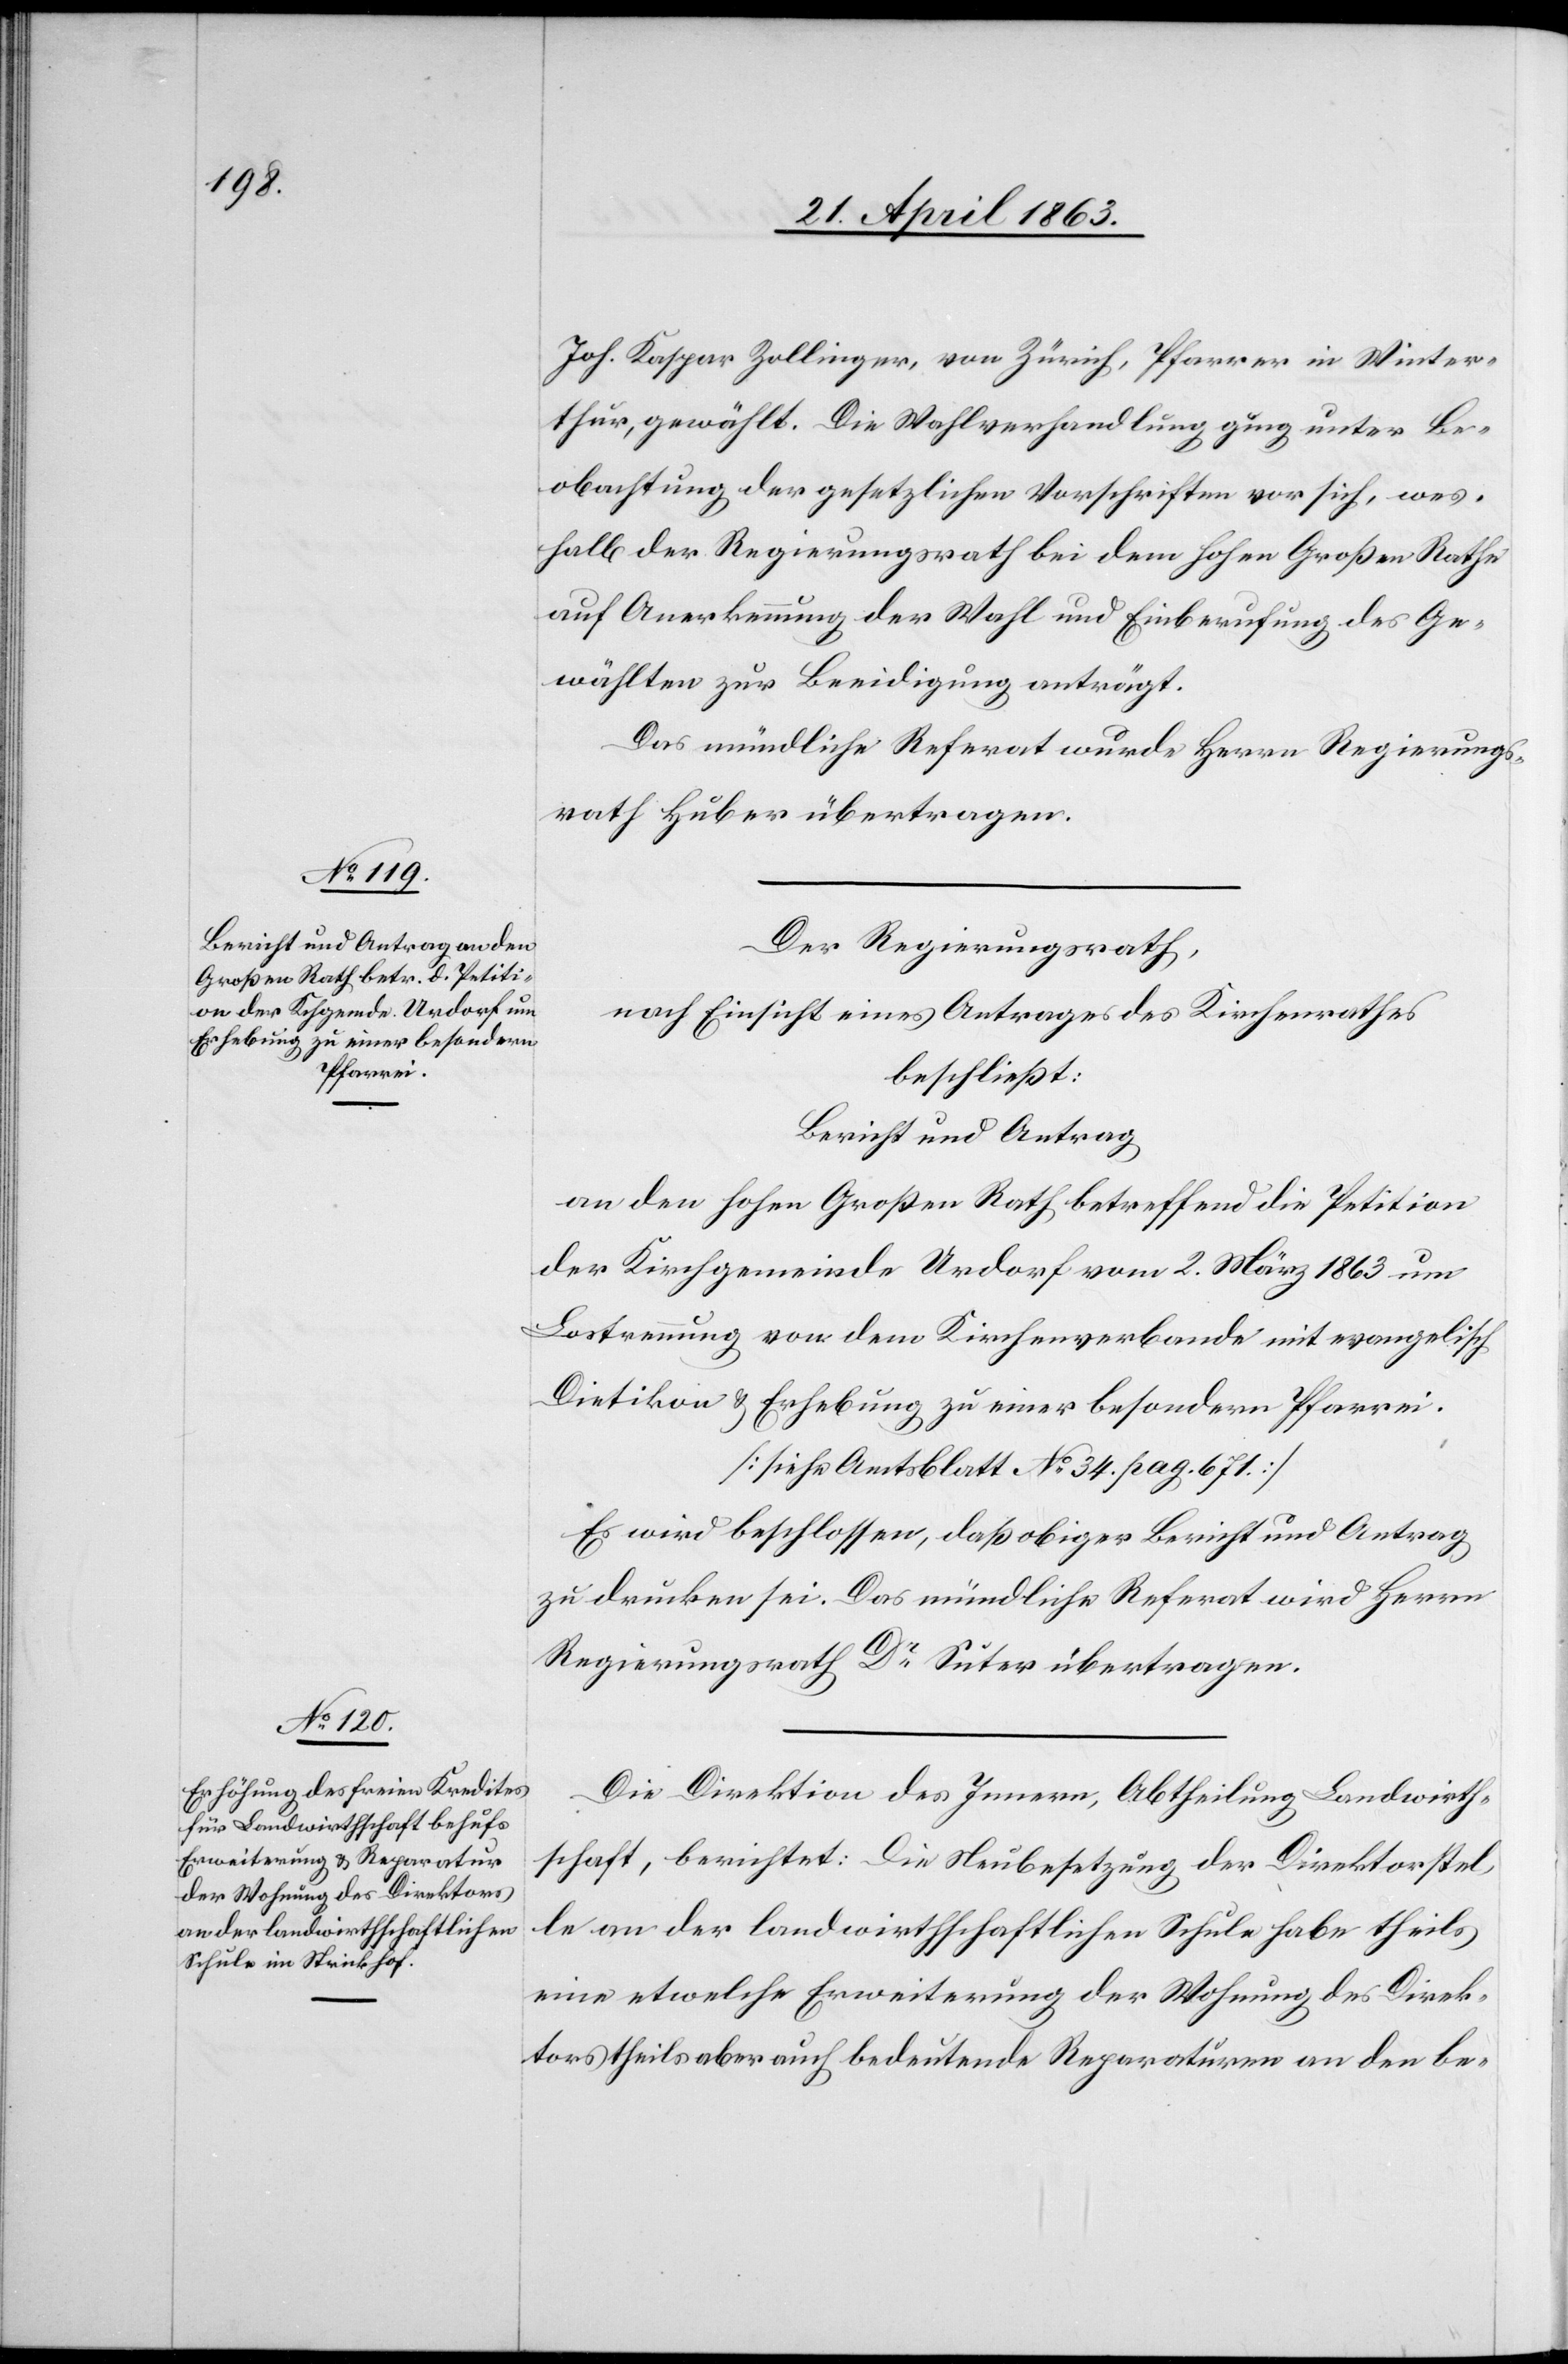
Joh. Kaspar Zollinger, von Zürich, Pfarrer in Winter¬
thur, gewählt. Die Wahlverhandlung ging unter Be¬
obachtung der gesetzlichen Vorschriften vor sich, wes¬
halb der Regierungsrath bei dem hohen Großen Rathe
auf Anerkennung der Wahl und Einberufung des Ge¬
wählten zur Beeidigung anträgt.
Das mündliche Referat wurde Herrn Regierungs¬
rath Huber übertragen.
Der Regierungsrath,
nach Einsicht eines Antrages des Kirchenrathes
beschließt:
Bericht und Antrag
an den hohen Großen Rath betreffend die Petition
der Kirchgemeinde Urdorf vom 2. März 1863 um
Lostrennung von dem Kirchenverbande mit evangelisch
Dietikon & Erhebung zu einer besondern Pfarrei.
[siehe Amtsblatt No 34. pag. 671]
Es wird beschlossen, daß obiger Bericht und Antrag
zu drucken sei. Das mündliche Referat wird Herrn
Regierungsrath Dr Suter übertragen.
Die Direktion des Innern, Abtheilung Landwirth¬
schaft, berichtet: Die Neubesetzung der Direktorstel¬
le an der landwirthschaftlichen Schule habe theils
eine etwelche Erweiterung der Wohnung des Direk¬
tors theils aber auch bedeutende Reparaturen an den be-